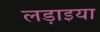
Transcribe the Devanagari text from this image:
लड़ाइया